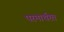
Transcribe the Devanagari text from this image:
परमार्थरत